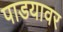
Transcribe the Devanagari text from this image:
पाडयावर